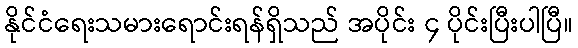
နိုင်ငံရေးသမားရောင်းရန်ရှိသည် အပိုင်း ၄ ပိုင်းပြီးပါပြီ။